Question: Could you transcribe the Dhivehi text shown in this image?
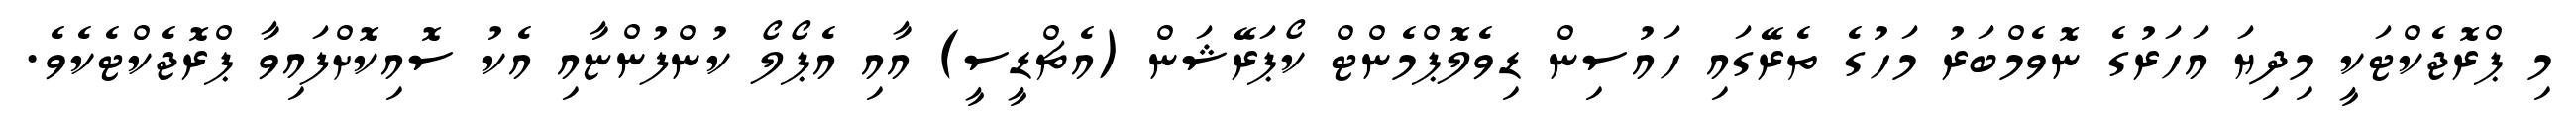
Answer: މި ޕްރޮޖެކްޓަކީ މިދިޔަ އަހަރުގެ ނޮވެމްބަރު މަހުގެ ތެރޭގައި ހައުސިން ޑިވެލޮޕްމެންޓް ކޯޕަރޭޝަން (އެޗްޑީސީ) އާއި އެޕޯލޯ ކުންފުންޏާއި އެކު ސޮއިކޮށްފައިވާ ޕްރޮޖެކްޓެކެވެ.